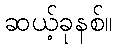
ဆယ့်ခုနစ်။